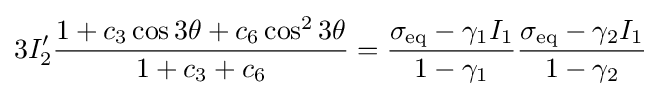
3I_{2}'{\frac {1+c_{3}\cos 3\theta +c_{6}\cos ^{2}3\theta }{1+c_{3}+c_{6}}}={\frac {\sigma _{\mathrm {eq} }-\gamma _{1}I_{1}}{1-\gamma _{1}}}{\frac {\sigma _{\mathrm {eq} }-\gamma _{2}I_{1}}{1-\gamma _{2}}}